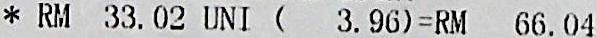
* RM 33.02 UNI ( 3.96)=RM 66.04